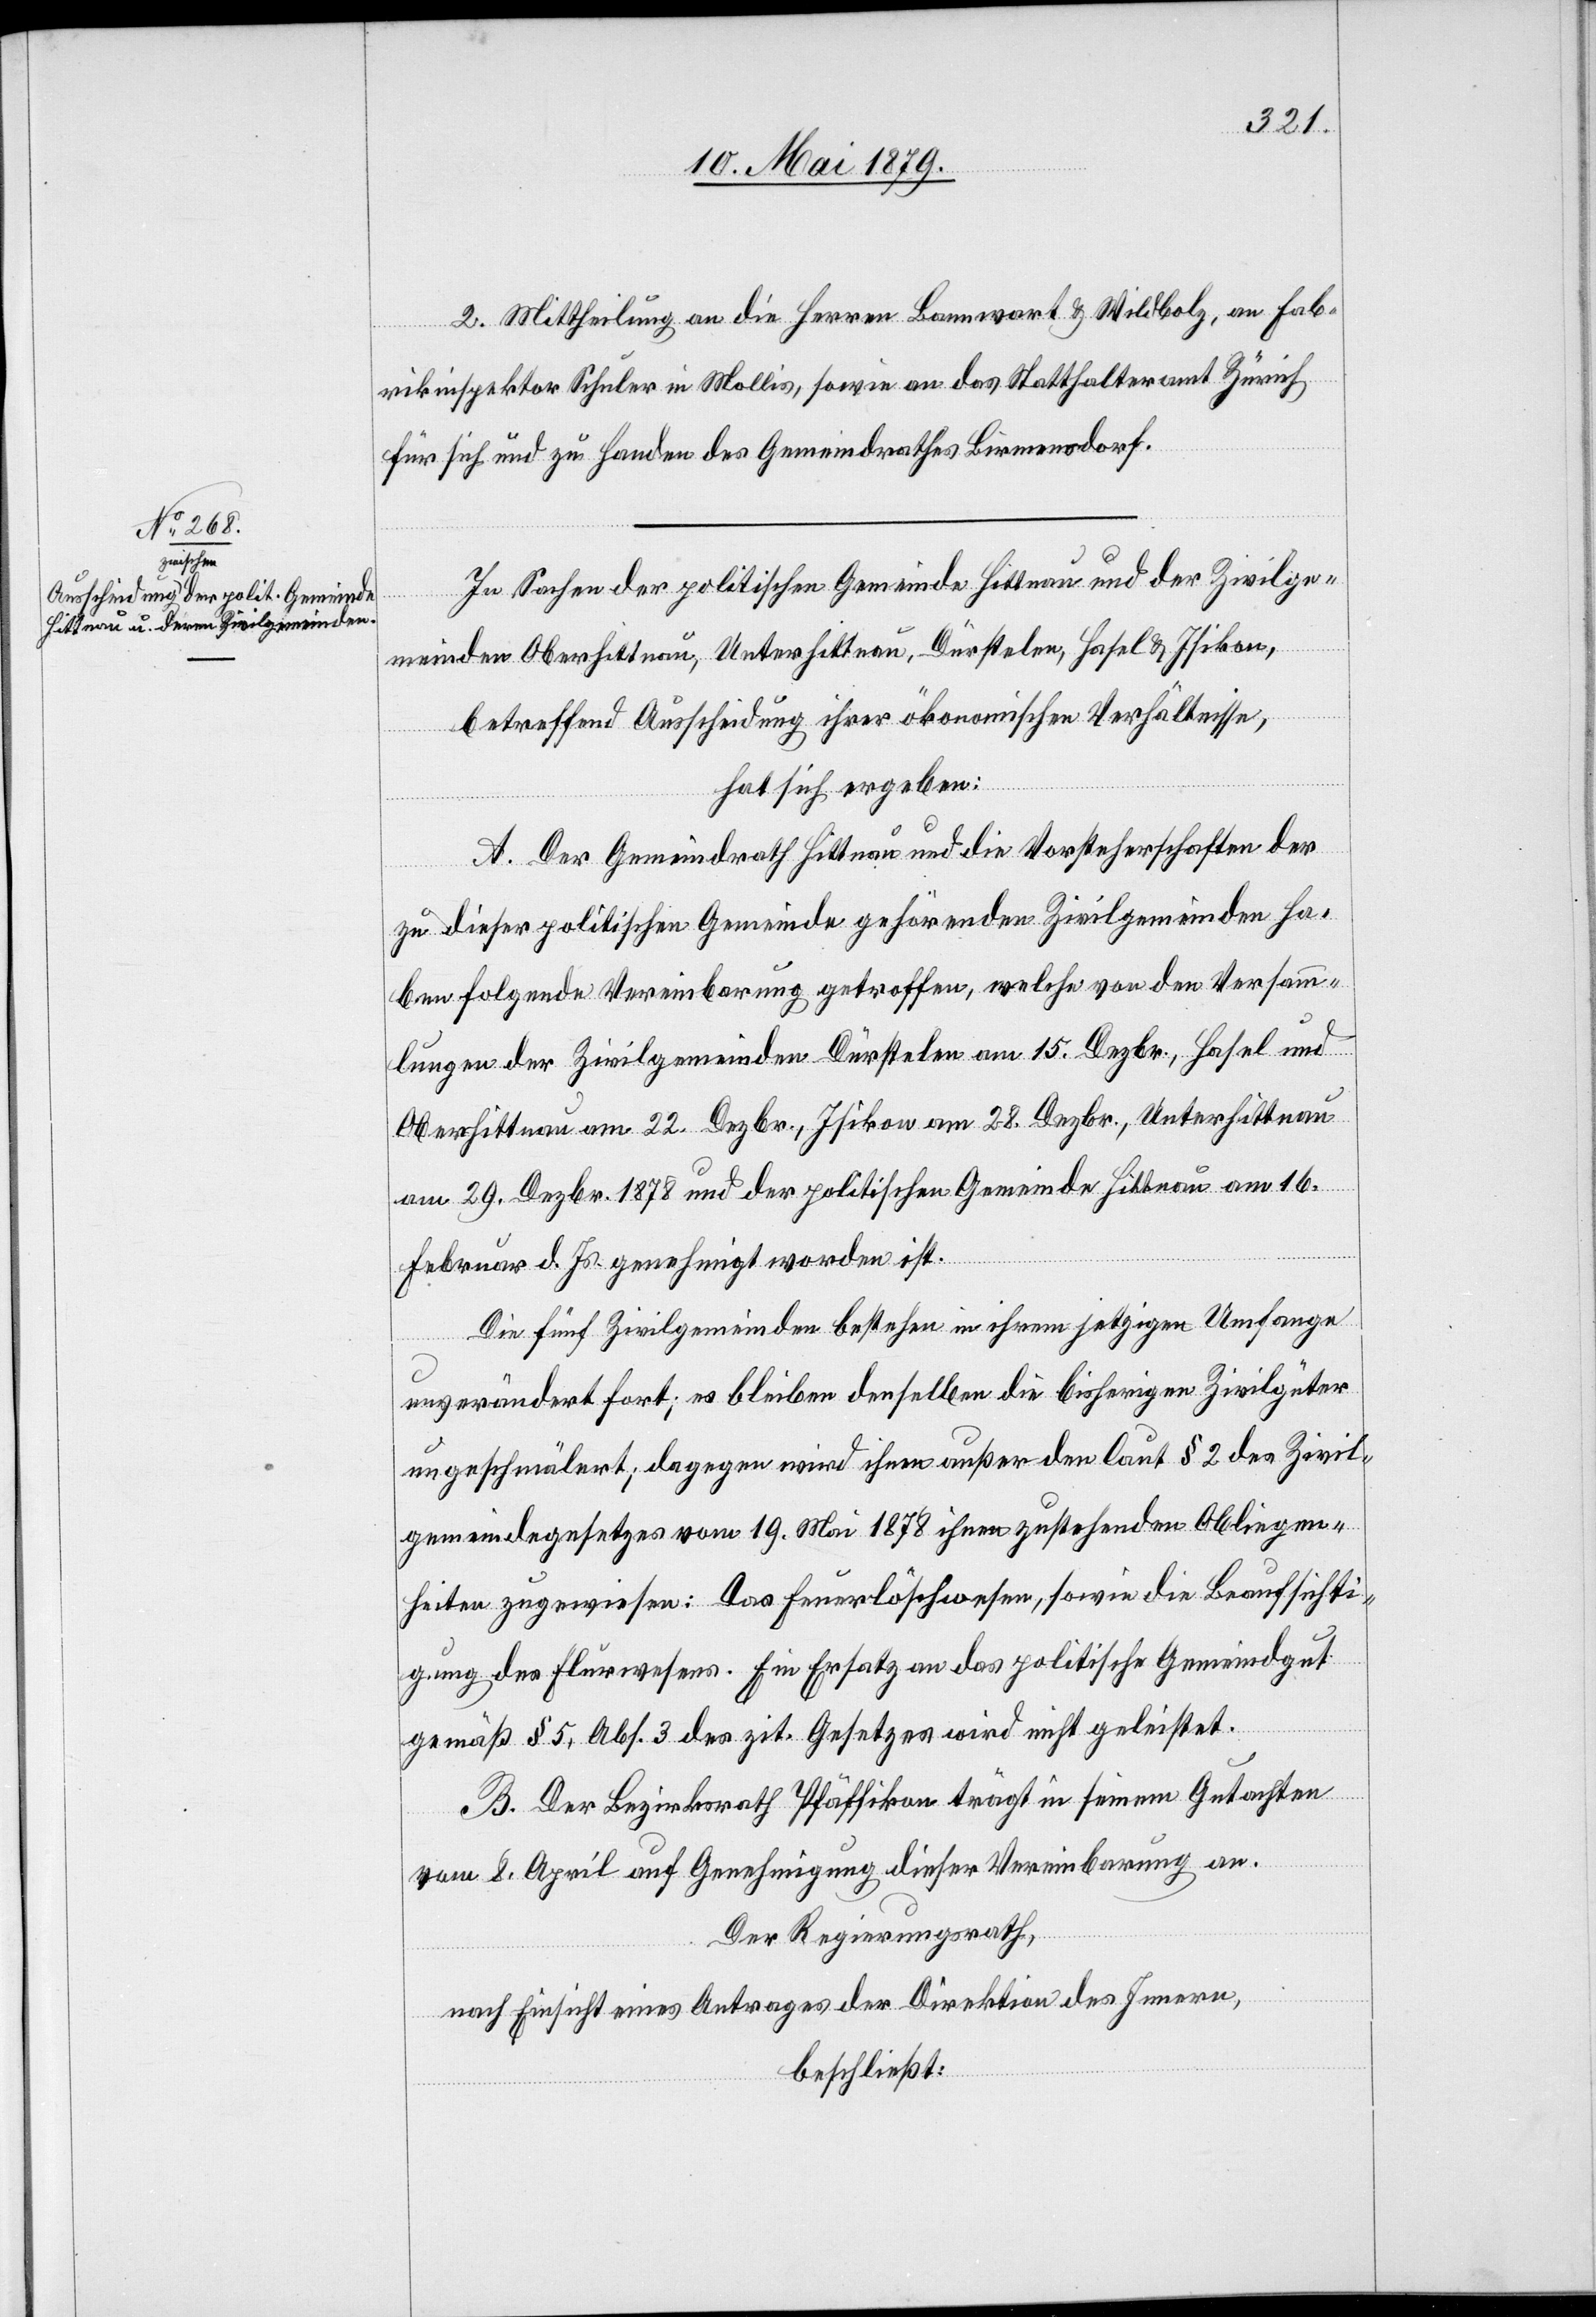
2. Mittheilung an die Herren Bannwart & Wildbolz, an Fab¬
rikinspektor Schuler in Mollis, sowie an das Statthalteramt Zürich
für sich und zu Handen des Gemeindrathes Birmensdorf.
In Sachen der politischen Gemeinde Hittnau und der Zivilge¬
meinden Oberhittnau, Unterhittnau, Dürstelen, Hasel & Isikon,
betreffend Ausscheidung ihrer ökonomischen Verhältnisse,
hat sich ergeben:
A. Der Gemeindrath Hittnau und die Vorsteherschaften der
zu dieser politischen Gemeinde gehörenden Zivilgemeinden ha¬
ben folgende Vereinbarung getroffen, welche von den Versamm¬
lungen der Zivilgemeinden Dürstelen am 15. Dezbr., Hasel und
Oberhittnau am 22. Dezbr., Isikon am 28. Dezbr., Unterhittnau
am 29. Dezbr. 1878 und der politischen Gemeinde Hittnau am 16.
Februar d. Js. genehmigt worden ist.
Die fünf Zivilgemeinden bestehen in ihrem jetzigen Umfange
unverändert fort; es bleiben denselben die bisherigen Zivilgüter
ungeschmälert; dagegen wird ihnen außer den laut § 2 des Zivil¬
gemeindegesetzes vom 19. Mai 1878 ihnen zustehenden Obliegen¬
heiten zugewiesen: Das Feuerlöschwesen, sowie die Beaufsichti¬
gung des Flurwesens. Ein Ersatz an das politische Gemeindgut
gemäß § 5, Abs. 3 des zit. Gesetzes wird nicht geleistet.
B. Der Bezirksrath Pfäffikon trägt in seinem Gutachten
vom 8. April auf Genehmigung dieser Vereinbarung an.
Der Regierungsrath,
nach Einsicht eines Antrages der Direktion des Innern,
beschließt: